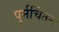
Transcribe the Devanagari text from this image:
पुर्नचिंतन